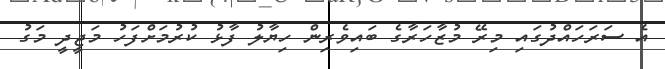
އެ ސަރަހައްދުގައި މިރޭ މުޒާހަރާގެ ބައިވެރިން ހިޔާލު ފާޅު ކުރުމަށްފަހު މަޖީދީ މަގު